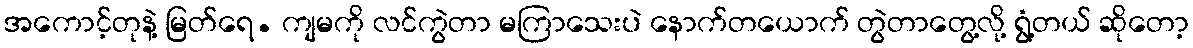
အကောင့်တုနဲ့ မြတ်ရေ. ကျမကို လင်ကွဲတာ မကြာသေးပဲ နောက်တယောက် တွဲတာတွေ့လို့ ရွံ့တယ် ဆိုတော့